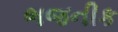
ભજનીક